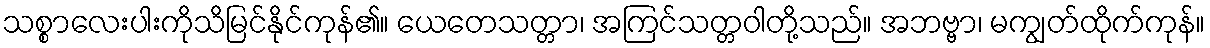
သစ္စာလေးပါးကိုသိမြင်နိုင်ကုန်၏။ ယေတေသတ္တာ၊ အကြင်သတ္တဝါတို့သည်။ အဘဗ္ဗာ၊ မကျွတ်ထိုက်ကုန်။